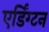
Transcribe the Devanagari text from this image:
एर्डिंग्टन